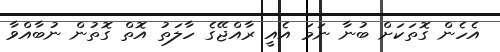
އެހެން ގޮތަކަށް ބުނާ ނަމަ އެއީ ރާއްޖޭގެ ހާލަތު އޮތް ގޮތުން ނުބާއްވާ